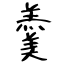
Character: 羹